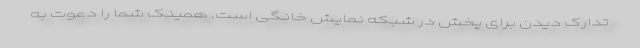
تدارک دیدن برای پخش در شبکه نمایش خانگی است. همینک شما را دعوت به